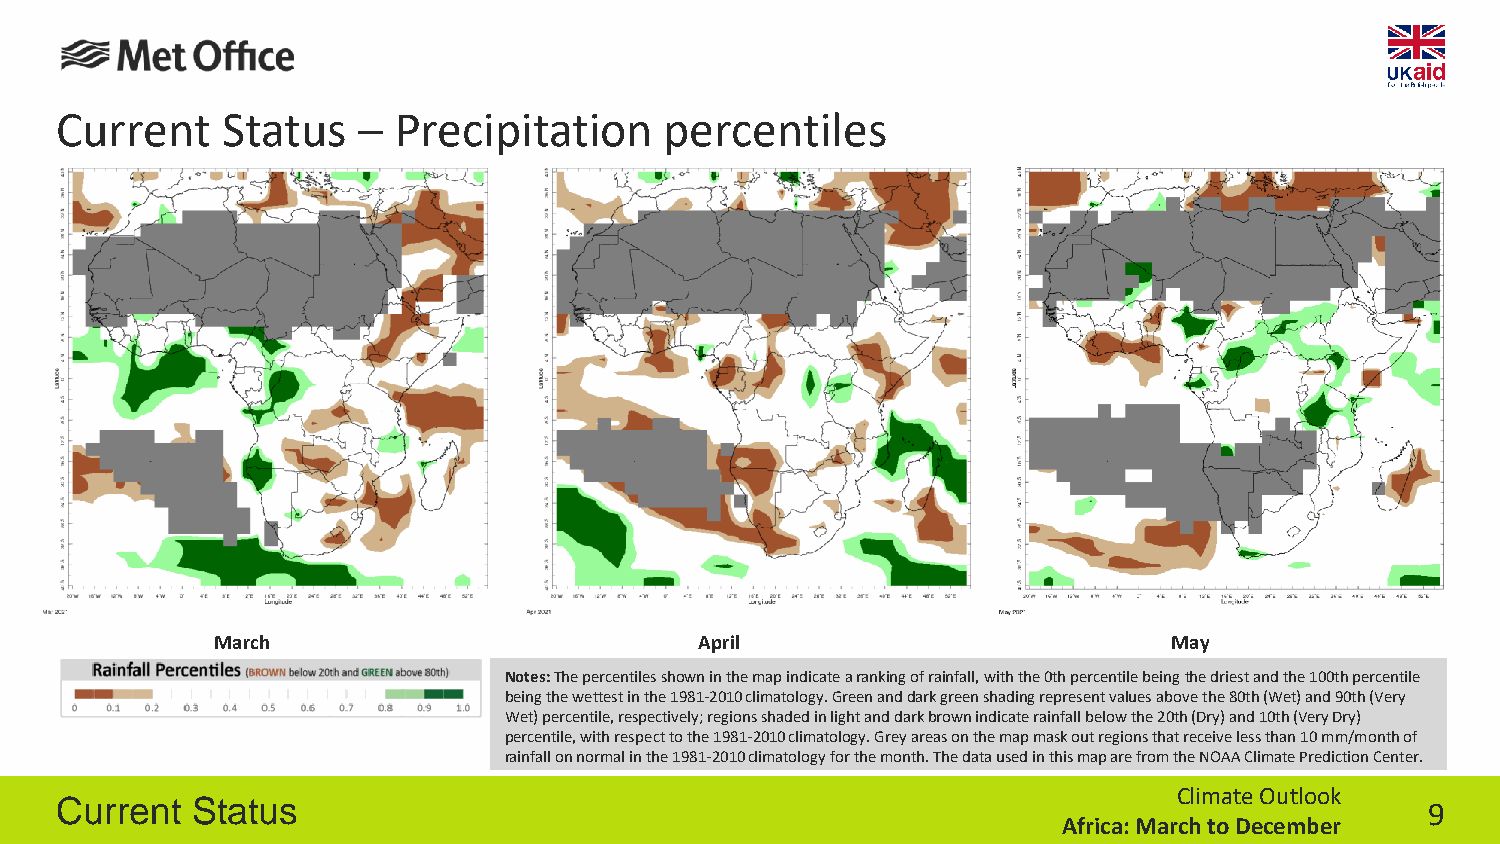
Current    Status   – Precipitation     percentiles
 March                           April                           May
 Notes:The percentiles shown in the map indicatea ranking of rainfall, with the 0th percentile beingthe driest and the 100th percentile
 being thewettest in the 1981-2010 climatology. Green anddark green shading represent values above the80th (Wet) and 90th (Very
 Wet) percentile,respectively; regions shaded in light and darkbrown indicate rainfall below the 20th (Dry) and10th (Very Dry)
 percentile, with respect to the1981-2010 climatology. Grey areas on the mapmask out regions that receive less than 10mm/monthof
 rainfall on normal in the 1981-2010climatology for the month. The data used in thismap are from the NOAA Climate PredictionCenter.
 Climate Outlook
 Current  Status                                                                            9
 Africa: March to December